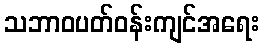
သဘာဝပတ်ဝန်းကျင်အရေး